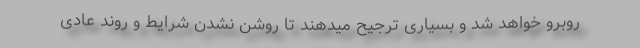
روبرو خواهد شد و بسیاری ترجیح میدهند تا روشن نشدن شرایط و روند عادی